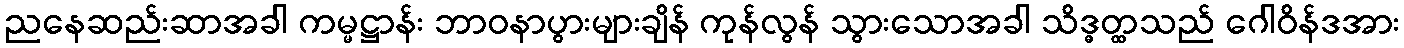
ညနေဆည်းဆာအခါ ကမ္မဋ္ဌာန်း ဘာဝနာပွားများချိန် ကုန်လွန် သွားသောအခါ သိဒ္ဓတ္ထသည် ဂေါဝိန်ဒအား